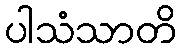
ပါသံသာတိ